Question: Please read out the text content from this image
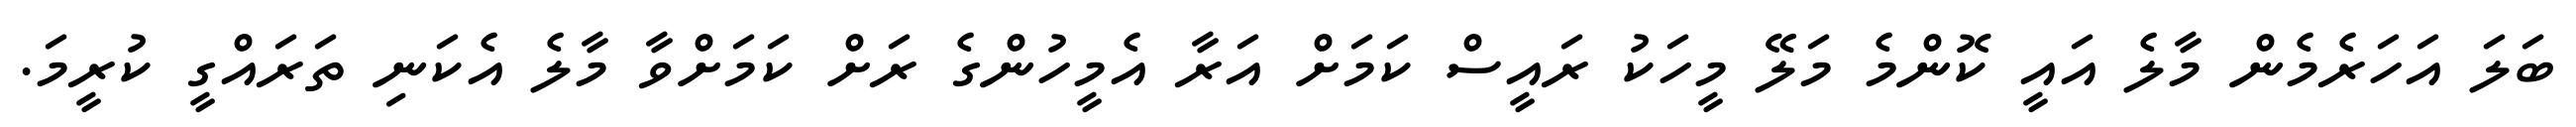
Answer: ބަލަ އަހަރެމެން މާލެ އައީ ކޮންމެ މަލޭ މީހަކު ރައީސް ކަމަށް އަރާ އެމީހުންގެ ރަށް ކަމަށްވާ މާލެ އެކަނި ތަރައްގީ ކުރީމަ.